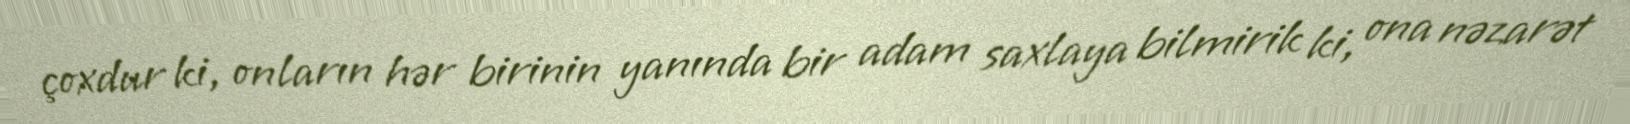
çoxdur ki, onların hər birinin yanında bir adam saxlaya bilmirik ki, ona nəzarət